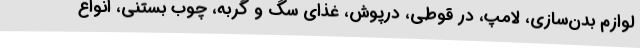
لوازم بدن‌سازی، لامپ، در قوطی، درپوش، غذای سگ و گربه، چوب بستنی، انواع